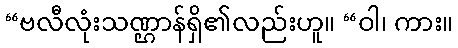
“ဗလီလုံးသဏ္ဌာန်ရှိ၏လည်းဟူ။ “ဝါ၊ ကား။